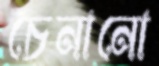
চেনানো